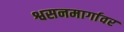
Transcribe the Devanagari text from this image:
श्वसनमार्गावर